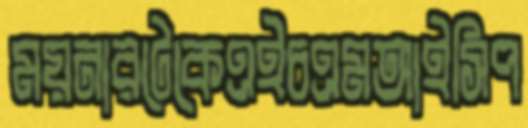
ময়নারটেকেএইচএমআইসিপ